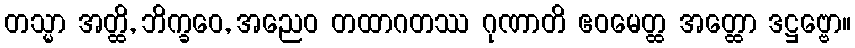
တသ္မာ အတ္ထိ, ဘိက္ခဝေ, အညေဝ တထာဂတဿ ဂုဏာတိ ဧဝမေတ္ထ အတ္ထော ဒဋ္ဌဗ္ဗော။